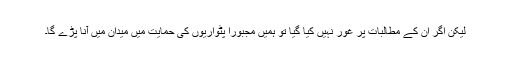
لیکن اگر ان کے مطالبات پر غور نہیں کیا گیا تو ہمیں مجبوراً پٹواریوں کی حمایت میں میدان میں آنا پڑے گا۔